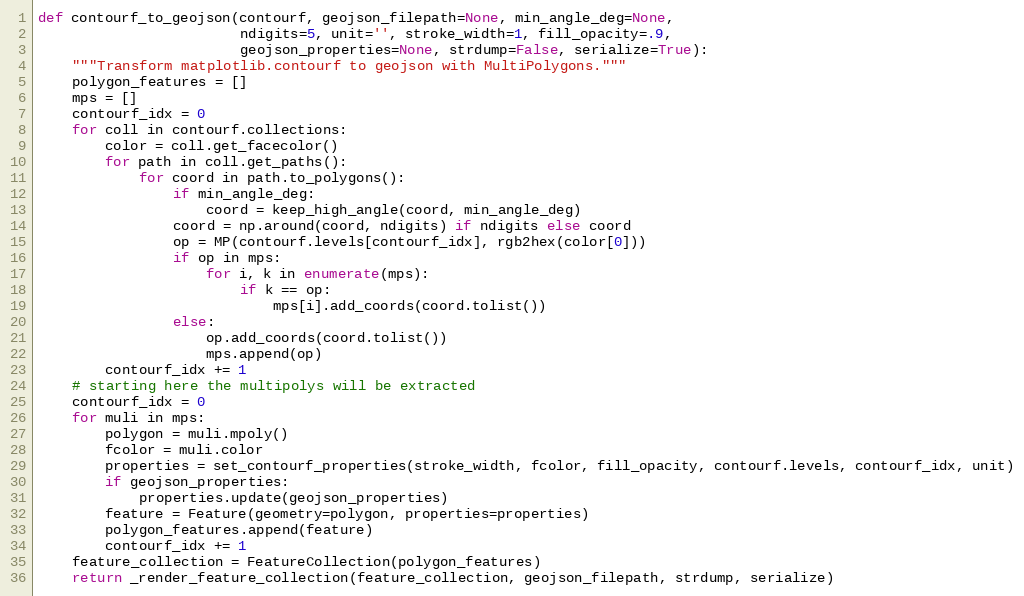
Language: Python
def contourf_to_geojson(contourf, geojson_filepath=None, min_angle_deg=None,
                        ndigits=5, unit='', stroke_width=1, fill_opacity=.9,
                        geojson_properties=None, strdump=False, serialize=True):
    """Transform matplotlib.contourf to geojson with MultiPolygons."""
    polygon_features = []
    mps = []
    contourf_idx = 0
    for coll in contourf.collections:
        color = coll.get_facecolor()
        for path in coll.get_paths():
            for coord in path.to_polygons():
                if min_angle_deg:
                    coord = keep_high_angle(coord, min_angle_deg)
                coord = np.around(coord, ndigits) if ndigits else coord
                op = MP(contourf.levels[contourf_idx], rgb2hex(color[0]))
                if op in mps:
                    for i, k in enumerate(mps):
                        if k == op:
                            mps[i].add_coords(coord.tolist())
                else:
                    op.add_coords(coord.tolist())
                    mps.append(op)
        contourf_idx += 1
    # starting here the multipolys will be extracted
    contourf_idx = 0
    for muli in mps:
        polygon = muli.mpoly()
        fcolor = muli.color
        properties = set_contourf_properties(stroke_width, fcolor, fill_opacity, contourf.levels, contourf_idx, unit)
        if geojson_properties:
            properties.update(geojson_properties)
        feature = Feature(geometry=polygon, properties=properties)
        polygon_features.append(feature)
        contourf_idx += 1
    feature_collection = FeatureCollection(polygon_features)
    return _render_feature_collection(feature_collection, geojson_filepath, strdump, serialize)